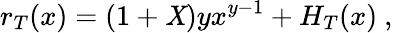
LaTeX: r_{T}(x)=(1+\mathit{X})yx^{y-1}+H_{T}(x)\ ,